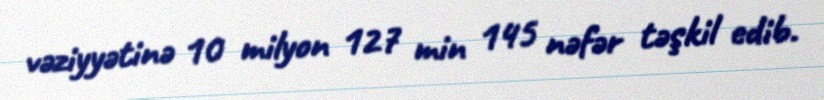
vəziyyətinə 10 milyon 127 min 145 nəfər təşkil edib.